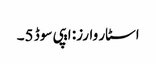
اسٹار وارز: ایپی سوڈ 5۔